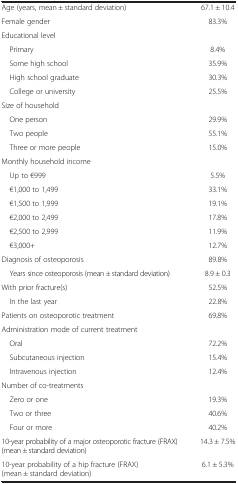
<table><thead><tr><td><b> </b></td><td><b> </b></td></tr></thead><tbody><tr><td>Age (years, mean ± standard deviation)</td><td>67.1 ± 10.4</td></tr><tr><td>Female gender</td><td>83.3%</td></tr><tr><td>Educational level</td><td> </td></tr><tr><td> Primary</td><td>8.4%</td></tr><tr><td> Some high school</td><td>35.9%</td></tr><tr><td> High school graduate</td><td>30.3%</td></tr><tr><td> College or university</td><td>25.5%</td></tr><tr><td>Size of household</td><td> </td></tr><tr><td> One person</td><td>29.9%</td></tr><tr><td> Two people</td><td>55.1%</td></tr><tr><td> Three or more people</td><td>15.0%</td></tr><tr><td>Monthly household income</td><td> </td></tr><tr><td> Up to €999</td><td>5.5%</td></tr><tr><td> €1,000 to 1,499</td><td>33.1%</td></tr><tr><td> €1,500 to 1,999</td><td>19.1%</td></tr><tr><td> €2,000 to 2,499</td><td>17.8%</td></tr><tr><td> €2,500 to 2,999</td><td>11.9%</td></tr><tr><td> €3,000+</td><td>12.7%</td></tr><tr><td>Diagnosis of osteoporosis</td><td>89.8%</td></tr><tr><td> Years since osteoporosis (mean ± standard deviation)</td><td>8.9 ± 0.3</td></tr><tr><td>With prior fracture(s)</td><td>52.5%</td></tr><tr><td> In the last year</td><td>22.8%</td></tr><tr><td>Patients on osteoporotic treatment</td><td>69.8%</td></tr><tr><td>Administration mode of current treatment</td><td> </td></tr><tr><td> Oral</td><td>72.2%</td></tr><tr><td> Subcutaneous injection</td><td>15.4%</td></tr><tr><td> Intravenous injection</td><td>12.4%</td></tr><tr><td>Number of co-treatments</td><td> </td></tr><tr><td> Zero or one</td><td>19.3%</td></tr><tr><td> Two or three</td><td>40.6%</td></tr><tr><td> Four or more</td><td>40.2%</td></tr><tr><td>10-year probability of a major osteoporotic fracture (FRAX) (mean ± standard deviation)</td><td>14.3 ± 7.5%</td></tr><tr><td>10-year probability of a hip fracture (FRAX) (mean ± standard deviation)</td><td>6.1 ± 5.3%</td></tr></tbody></table>